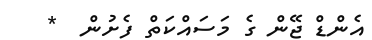
އެންޑް ޖޭން ގެ މަސައްކަތް ފެށުން  *